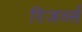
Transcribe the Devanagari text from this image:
रिजर्व्स